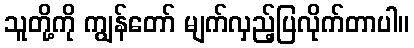
သူတို့ကို ကျွန်တော် မျက်လှည့်ပြလိုက်တာပါ။